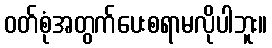
ဝတ်စုံအတွက်ပေးစရာမလိုပါဘူး။